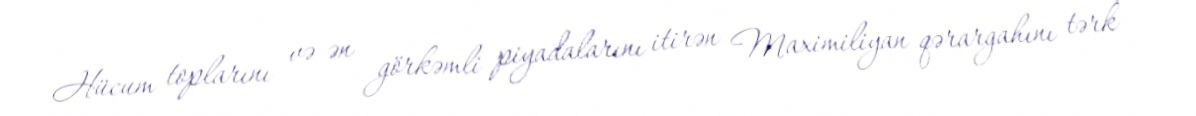
Hücum toplarını və ən görkəmli piyadalarını itirən Maximiliyan qərargahını tərk